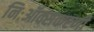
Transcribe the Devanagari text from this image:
निःऑक्सकरणी